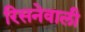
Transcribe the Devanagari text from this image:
रिसनेवाली